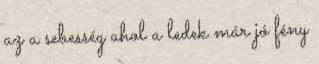
az a sebesség ahol a ledek már jó fény